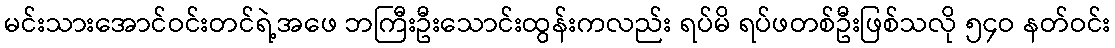
မင်းသားအောင်ဝင်းတင်ရဲ့အဖေ ဘကြီးဦးသောင်းထွန်းကလည်း ရပ်မိ ရပ်ဖတစ်ဦးဖြစ်သလို ၅၄ဝ နတ်ဝင်း